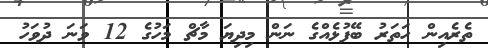
ތެރެއިން ހަތަރު ބޭފުޅެއްގެ ނަން މިދިޔަ މާޗް މަހުގެ 12 ވަނަ ދުވަހު